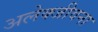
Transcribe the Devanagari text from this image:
अलेक्जीवना